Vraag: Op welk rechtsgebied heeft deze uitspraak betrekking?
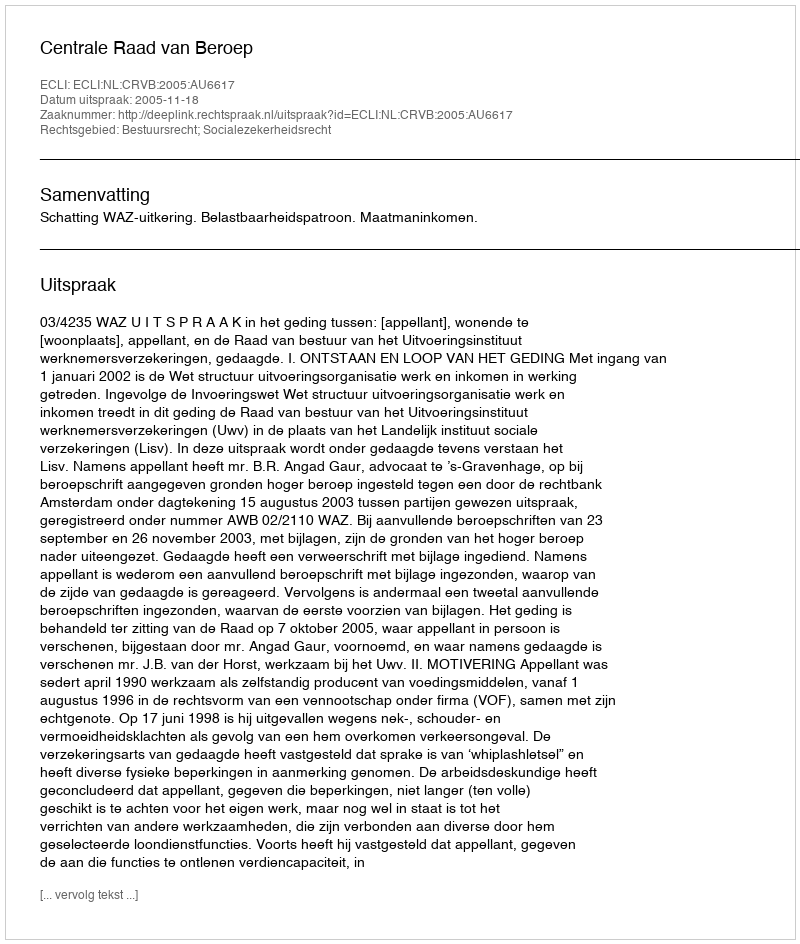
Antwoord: Bestuursrecht; Socialezekerheidsrecht